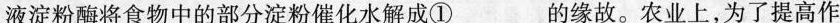
液中的唾液淀粉酶将食物中的部分淀粉催化水解成①___的缘故。农业上，为了提高作